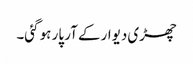
چھڑی دیوار کے آر پار ہو گئی۔